Leaving Certificate Examination (including Day School Certificate (Higher) General paper), 1929
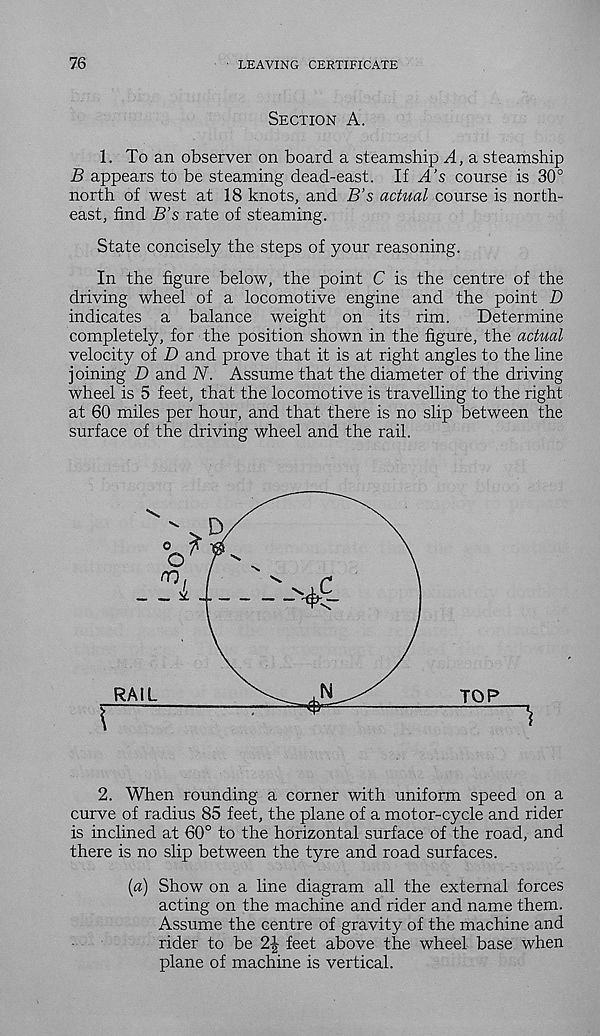
76
LEAVING CERTIFICATE
Section A.
1. To an observer on board a steamship A, a steamship
B appears to be steaming dead-east. If A’s course is 30°
north of west at 18 knots, and B’s actual course is north-
east, find B’s rate of steaming.
State concisely the steps of your reasoning.
In the figure below, the point C is the centre of the
driving wheel of a locomotive engine and the point D
indicates a balance weight on its rim.
Determine
completely, for the position shown in the figure, the actual
velocity of D and prove that it is at right angles to the line
joining D and N. Assume that the diameter of the driving
wheel is 5 feet, that the locomotive is travelling to the right
at 60 miles per hour, and that there is no slip between the
surface of the driving wheel and the rail.
2. When rounding a corner with uniform speed on a
curve of radius 85 feet, the plane of a motor-cycle and rider
is inclined at 60° to the horizontal surface of the road, and
there is no slip between the tyre and road surfaces.
(a) Show on a line diagram all the external forces
acting on the machine and rider and name them.
Assume the centre of gravity of the machine and
rider to be 2\ feet above the wheel base when
plane of machine is vertical.